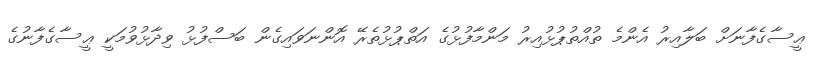
ޢީސާގެފާނަށް ބަލާއިރު އެންމެ ތުއްތުޕުޅުއިރު މަންމާފުޅުގެ އަތްޕުޅުތެރޭ އޮންނަވައިގެން ބަސްފުޅު ވިދާޅުވުމަކީ ޢީސާގެފާނުގެ